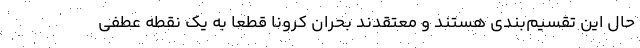
حال این تقسیم‌بندی هستند و معتقدند بحران کرونا قطعاً به یک نقطه عطفی